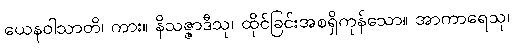
ယေနဝါသာတိ၊ ကား။ နိသဇ္ဇာဒီသု၊ ထိုင်ခြင်းအစရှိကုန်သော။ အာကာရေသု၊